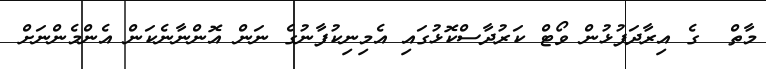
މާތް  ގެ އިރާދަފުޅުން ވޯޓް ކަރުދާސްކޮޅުގައި އެމިނިކުފާނުގެ ނަން އޮންނާނެކަން އެންމެންނަށް